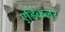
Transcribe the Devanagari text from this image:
एडिकलर